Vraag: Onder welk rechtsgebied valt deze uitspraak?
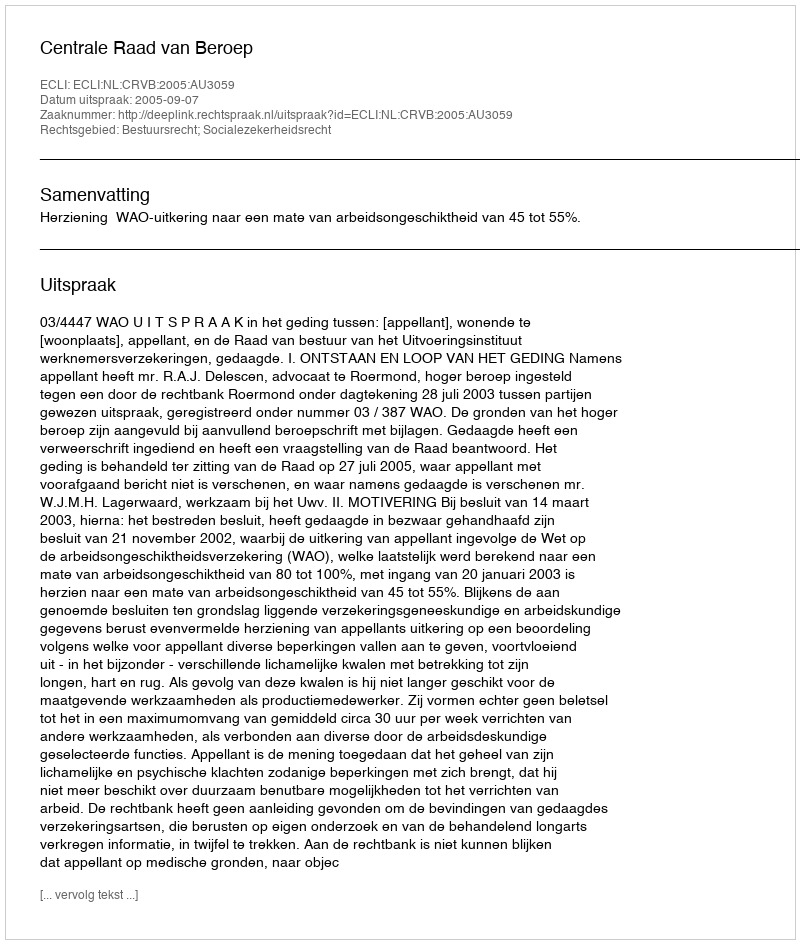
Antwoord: Bestuursrecht; Socialezekerheidsrecht